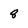
Character: 8